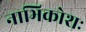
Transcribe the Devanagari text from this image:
नाभिकोशः